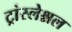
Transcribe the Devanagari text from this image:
ट्रांस्लेश्नल